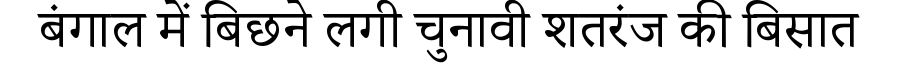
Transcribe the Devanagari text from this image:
बंगाल में बिछने लगी चुनावी शतरंज की बिसात